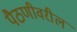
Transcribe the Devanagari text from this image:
पैठणीवरील